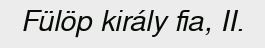
Fülöp király fia, II.